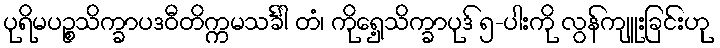
ပုရိမပဉ္စသိက္ခာပဒဝီတိက္ကမသင်္ခါ တံ၊ ကိုရှေ့သိက္ခာပုဒ် ၅-ပါးကို လွန်ကျူးခြင်းဟု